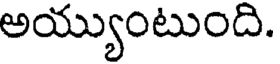
అయ్యుంటుంది.